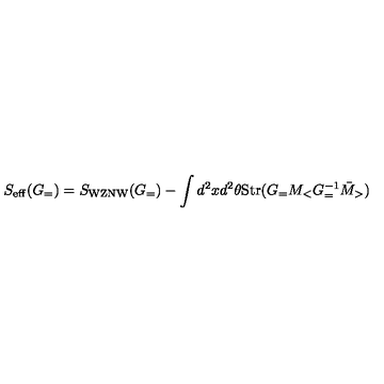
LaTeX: S _ { \mathrm { e f f } } ( G _ { = } ) = S _ { \mathrm { W Z N W } } ( G _ { = } ) - \int d ^ { 2 } x d ^ { 2 } \theta \mathrm { S t r } ( G _ { = } M _ { < } G _ { = } ^ { - 1 } \bar { M } _ { > } )